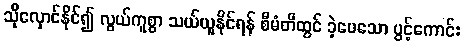
သိုလှောင်နိုင်၍ လွယ်ကူစွာ သယ်ယူနိုင်ရန် စီမံတီထွင် ခဲ့ပေသော ပွင့်ကောင်း